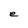
Character: e